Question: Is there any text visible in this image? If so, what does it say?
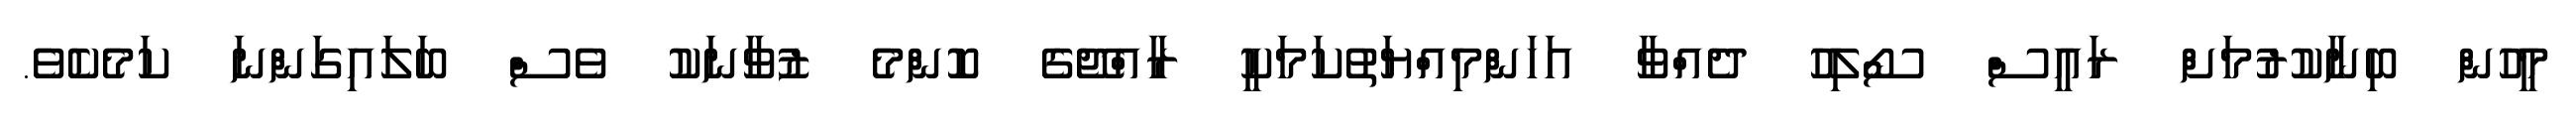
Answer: މީހުން ބިނާކުރުމަށް ރައީސް ސޯލިހު ދެއްވާ އަހަންމިއްޔަތުކަމަކީ ރާއްޖޭގެ ކޮންމެ ޒުވާނަކު ވެސް ބަލައިގަންނަ ކަމެކެވެ.